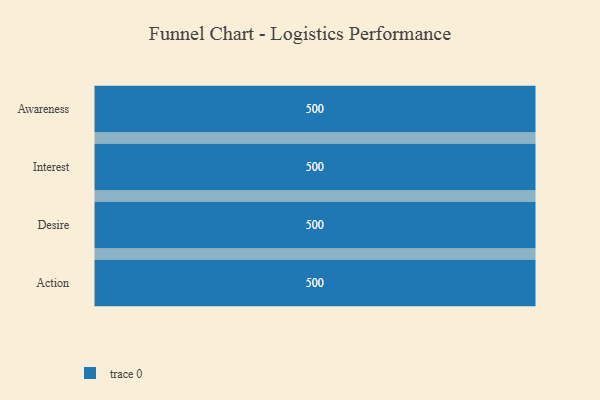
{"axis": {"x": "Stage", "y": "Value"}, "legend": [""], "data": [{"x": "Awareness", "y": 500, "type": ""}, {"x": "Interest", "y": 500, "type": ""}, {"x": "Desire", "y": 500, "type": ""}, {"x": "Action", "y": 500, "type": ""}]}